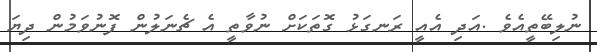
ނުލިބޭތީއެވެ .އަދި އެއީ ރަނގަޅު ގޮތަކަށް ނުވާތީ އެ ޗެނަލުން ފޮނުވަމުން ދިޔަ